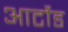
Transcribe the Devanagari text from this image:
आर्टोड